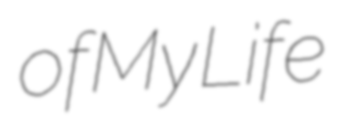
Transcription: of My Life